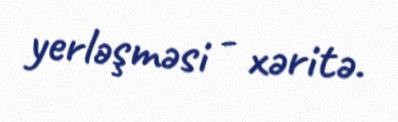
yerləşməsi - xəritə.